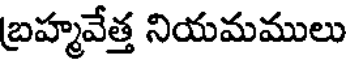
బ్రహ్మవేత్త నియమములు